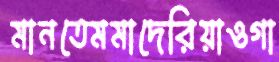
মানতেমমাদেরিয়াওগা